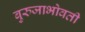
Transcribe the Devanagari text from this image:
बुरुजाभोवती